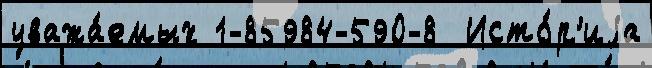
уважа́емых 1-85984-590-8  Исто́р'иjа